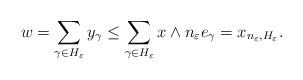
LaTeX: \begin{align*}w=\sum_{\gamma\in H_\varepsilon} y_\gamma\leq\sum_{\gamma\in H_\varepsilon} x \wedge n_\varepsilon e_\gamma = x_{n_\varepsilon, H_\varepsilon}.\end{align*}